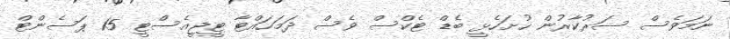
ނަމަވެސް ސަރުކާރުން ހުށަހެޅީ ބެޑް ޓެކްސް ވެސް ދަމަހައްޓާ ޓީޖީއެސްޓީ 15 ޕަސެންޓް